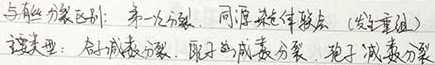
与有丝分裂区别： 并非分裂、同源染色体联会（发生重组）
主要类型： 精子减数分裂、卵子的减数分裂、孢子减数分裂